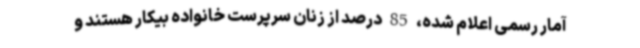
آمار رسمی اعلام شده، 85 درصد از زنان سرپرست خانواده بیکار هستند و